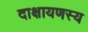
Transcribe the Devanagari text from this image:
दाक्षायणस्य